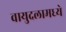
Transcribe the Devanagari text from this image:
वायुदलामध्ये